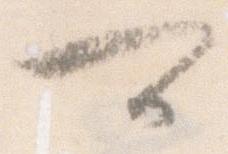
可